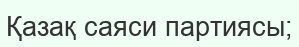
Қазақ саяси партиясы;